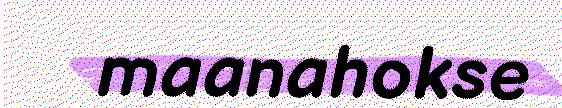
maanahokse